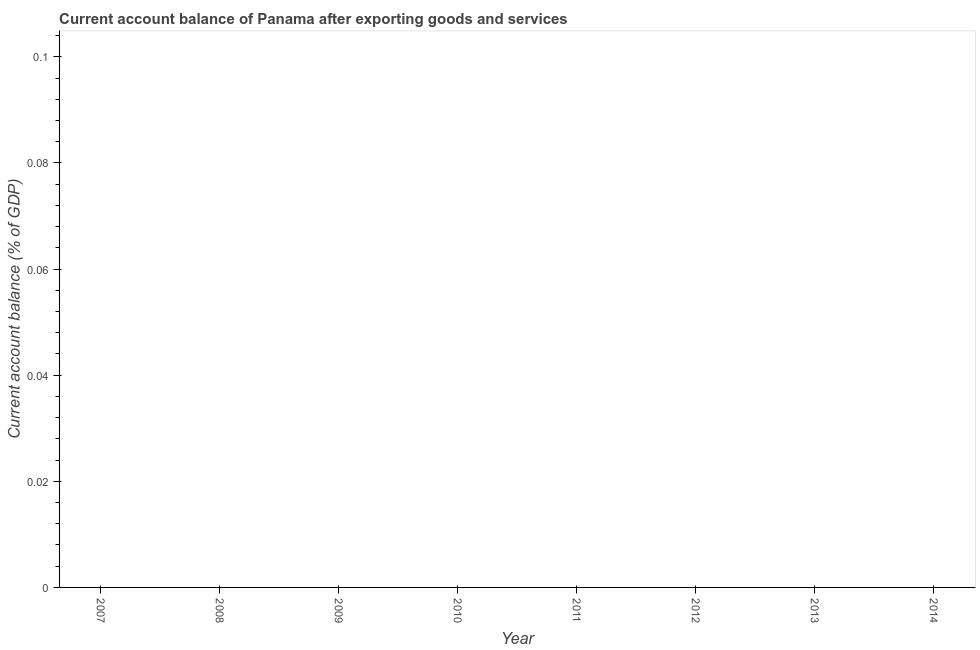
| Year | Current account balance |
 | --- | --- |
 | 2007 | -6.66 |
 | 2008 | -10.4 |
 | 2009 | -0.628 |
 | 2010 | -10.7 |
 | 2011 | -15.3 |
 | 2012 | -9.29 |
 | 2013 | -11.5 |
 | 2014 | -11.4 |